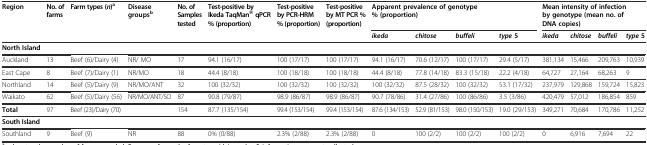
<table><thead><tr><td rowspan="2"><b>Region</b></td><td rowspan="2"><b>No. of farms</b></td><td rowspan="2"><b>Farm types (<i>n</i>)<sup>a</sup></b></td><td rowspan="2"><b>Disease groups<sup>b</sup></b></td><td rowspan="2"><b>No. of Samples tested</b></td><td rowspan="2"><b>Test-positive by Ikeda TaqMan® qPCR % (proportion)</b></td><td rowspan="2"><b>Test-positive by PCR-HRM % (proportion)</b></td><td rowspan="2"><b>Test-positive by MT PCR % (proportion)</b></td><td colspan="4"><b>Apparent prevalence of genotype % (proportion)</b></td><td colspan="4"><b>Mean intensity of infection by genotype (mean no. of DNA copies)</b></td></tr><tr><td><b><i>ikeda</i></b></td><td><b><i>chitose</i></b></td><td><b><i>buffeli</i></b></td><td><b><i>type</i>5</b></td><td><b><i>ikeda</i></b></td><td><b><i>chitose</i></b></td><td><b><i>buffeli</i></b></td><td><b><i>type</i>5</b></td></tr></thead><tbody><tr><td><b>North Island</b></td><td></td><td></td><td></td><td></td><td></td><td></td><td></td><td></td><td></td><td></td><td></td><td></td><td></td><td></td><td></td></tr><tr><td>Auckland</td><td>13</td><td>Beef (6)/Dairy (4)</td><td>NR/ MO</td><td>17</td><td>94.1 (16/17)</td><td>100 (17/17)</td><td>100 (17/17)</td><td>94.1 (16/17)</td><td>70.6 (12/17)</td><td>100 (17/17)</td><td>29.4 (5/17)</td><td>381,134</td><td>15,466</td><td>209,763</td><td>10,939</td></tr><tr><td>East Cape</td><td>8</td><td>Beef (7)/Dairy (1)</td><td>NR/MO</td><td>18</td><td>44.4 (8/18)</td><td>100 (18/18)</td><td>100 (18/18)</td><td>44.4 (8/18)</td><td>77.8 (14/18)</td><td>83.3 (15/18)</td><td>22.2 (4/18)</td><td>64,727</td><td>27,164</td><td>68,263</td><td>9</td></tr><tr><td>Northland</td><td>14</td><td>Beef (5)/Dairy (9)</td><td>NR/MO/ANT</td><td>32</td><td>100 (32/32)</td><td>100 (32/32)</td><td>100 (32/32)</td><td>100 (32/32)</td><td>87.5 (28/32)</td><td>100 (32/32)</td><td>53.1 (17/32)</td><td>237,979</td><td>129,868</td><td>159,724</td><td>15,823</td></tr><tr><td>Waikato</td><td>62</td><td>Beef (5)/Dairy (56)</td><td>NR/MO/ANT/SO</td><td>87</td><td>90.8 (79/87)</td><td>98.9 (86/87)</td><td>98.9 (86/87)</td><td>90.7 (78/86)</td><td>31.4 (27/86)</td><td>100 (86/86)</td><td>3.5 (3/86)</td><td>420,479</td><td>57,012</td><td>186,854</td><td>859</td></tr><tr><td><b>Total</b></td><td>97</td><td>Beef (23)/Dairy (70)</td><td></td><td>154</td><td>87.7 (135/154)</td><td>99.4 (153/154)</td><td>99.4 (153/154)</td><td>87.6 (134/153)</td><td>52.9 (81/153)</td><td>98.0 (150/153)</td><td>19.0 (29/153)</td><td>349,271</td><td>70,684</td><td>170,786</td><td>11,252</td></tr><tr><td><b>South Island</b></td><td></td><td></td><td></td><td></td><td></td><td></td><td></td><td></td><td></td><td></td><td></td><td></td><td></td><td></td><td></td></tr><tr><td>Southland</td><td>9</td><td>Beef (9)</td><td>NR</td><td>88</td><td>0% (0/88)</td><td>2.3% (2/88)</td><td>2.3% (2/88)</td><td>0</td><td>100 (2/2)</td><td>100 (2/2)</td><td>100 (2/2)</td><td>0</td><td>6,916</td><td>7,694</td><td>22</td></tr></tbody></table>